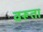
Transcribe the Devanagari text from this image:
वरूता